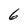
Character: 6